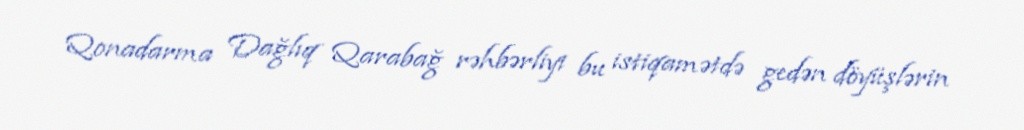
Qonadarma Dağlıq Qarabağ rəhbərliyi bu istiqamətdə gedən döyüşlərin